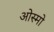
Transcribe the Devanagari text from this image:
ओस्मो